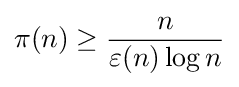
\pi (n)\geq {\frac {n}{\varepsilon (n)\log n}}